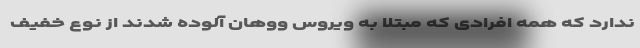
ندارد که همه افرادی که مبتلا به ویروس ووهان آلوده شدند از نوع خفیف